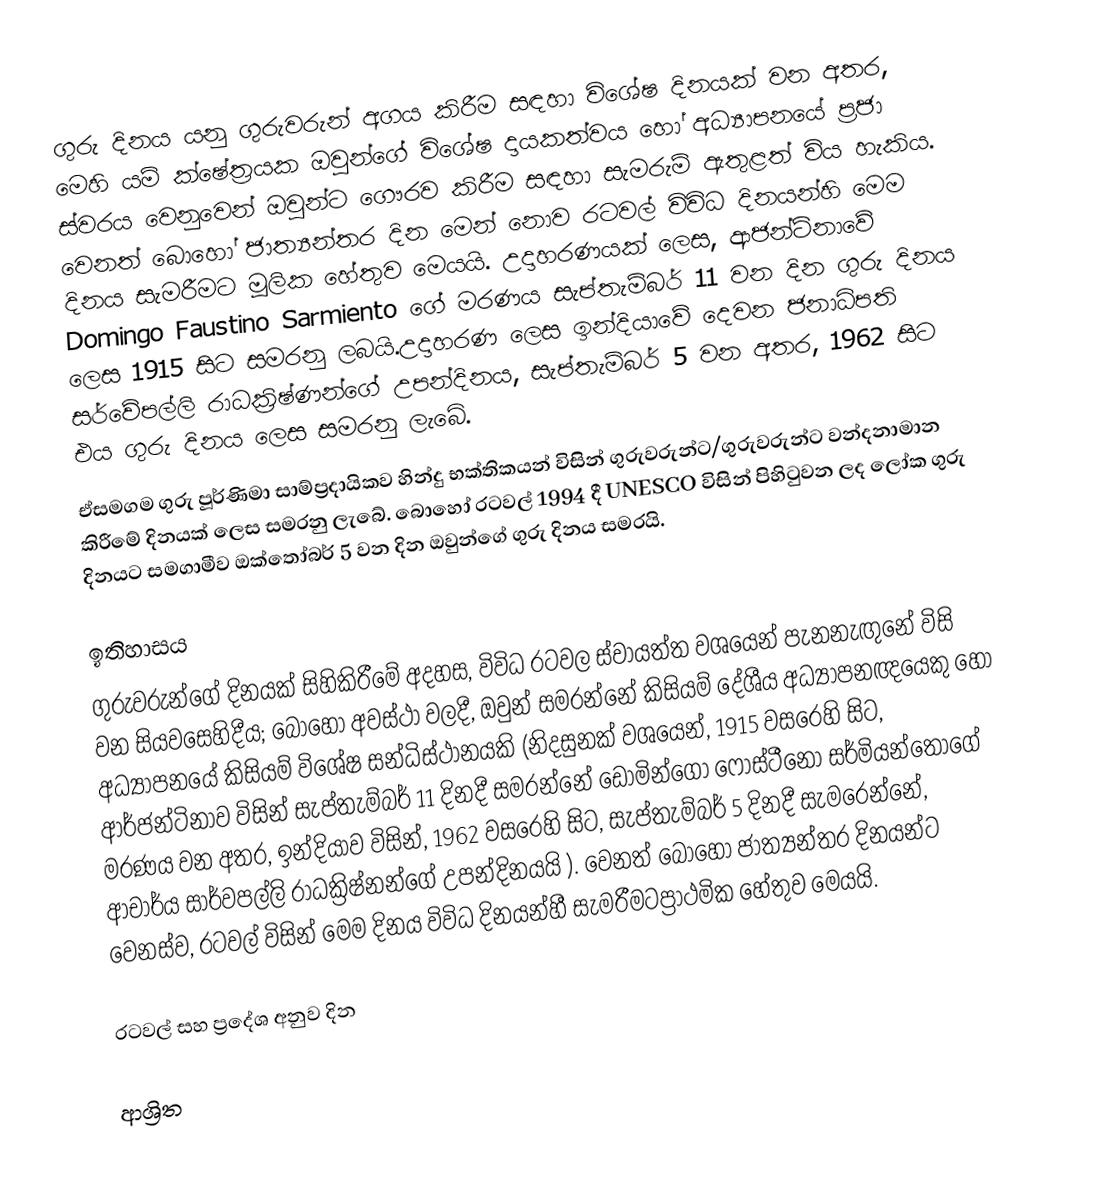
ගුරු දිනය යනු ගුරුවරුන් අගය කිරීම සඳහා විශේෂ දිනයක් වන අතර, මෙහි යම් ක්ෂේත්‍රයක ඔවුන්ගේ විශේෂ දායකත්වය හෝ අධ්‍යාපනයේ ප්‍රජා ස්වරය වෙනුවෙන් ඔවුන්ට ගෞරව කිරීම සඳහා සැමරුම් ඇතුළත් විය හැකිය. වෙනත් බොහෝ ජාත්‍යන්තර දින මෙන් නොව රටවල් විවිධ දිනයන්හි මෙම දිනය සැමරීමට මූලික හේතුව මෙයයි. උදාහරණයක් ලෙස, ආජන්ටිනාවේ Domingo Faustino Sarmiento ගේ මරණය සැප්තැම්බර් 11 වන දින ගුරු දිනය ලෙස 1915 සිට සමරනු ලබයි.උදාහරණ ලෙස ඉන්දියාවේ දෙවන ජනාධිපති සර්වේපල්ලි රාධක්‍රිෂ්ණන්ගේ උපන්දිනය, සැප්තැම්බර් 5 වන අතර, 1962 සිට එය ගුරු දිනය ලෙස සමරනු ලැබේ.
ඒසමගම ගුරු පූර්ණිමා සාම්ප්‍රදායිකව හින්දු භක්තිකයන් විසින් ගුරුවරුන්ට/ගුරුවරුන්ට වන්දනාමාන කිරීමේ දිනයක් ලෙස සමරනු ලැබේ. බොහෝ රටවල් 1994 දී UNESCO විසින් පිහිටුවන ලද ලෝක ගුරු දිනයට සමගාමීව ඔක්තෝබර් 5 වන දින ඔවුන්ගේ ගුරු දිනය සමරයි.

ඉතිහාසය
ගුරුවරුන්ගේ දිනයක් සිහිකිරීමේ අදහස, විවිධ රටවල ස්වායත්ත වශයෙන් පැනනැඟුනේ විසි වන සියවසෙහිදීය; බොහෝ අවස්ථා වලදී, ඔවුන් සමරන්නේ කිසියම් දේශීය අධ්‍යාපනඥයෙකු හෝ අධ්‍යාපනයේ කිසියම් විශේෂ සන්ධිස්ථානයකි (නිදසුනක් වශයෙන්, 1915 වසරෙහි සිට, ආර්ජන්ටිනාව විසින් සැප්තැම්බර් 11 දිනදී සමරන්නේ  ඩොමින්ගො ෆොස්ටීනෝ සර්මියන්තෝගේ මරණය වන අතර, ඉන්දියාව විසින්,  1962 වසරෙහි සිට,  සැප්තැම්බර් 5 දිනදී සැමරෙන්නේ,   ආචාර්ය සාර්වපල්ලි රාධක්‍රිෂ්නන්ගේ උපන්දිනයයි ). වෙනත් බොහෝ ජාත්‍යන්තර දිනයන්ට වෙනස්ව, රටවල් විසින් මෙම දිනය විවිධ දිනයන්හී සැමරීමටප්‍රාථමික හේතුව මෙයයි.

රටවල් සහ ප්‍රදේශ අනුව දින

ආශ්‍රිත